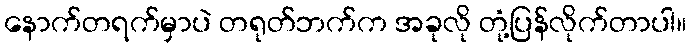
နောက်တရက်မှာပဲ တရုတ်ဘက်က အခုလို တုံ့ပြန်လိုက်တာပါ။